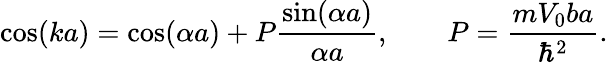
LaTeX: \cos(ka)=\cos(\alpha a)+P{\frac{\sin(\alpha a)}{\alpha a}},\qquad P={\frac{mV_{0}ba}{\hbar^{2}}}.